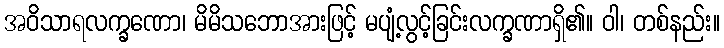
အဝိသာရလက္ခဏော၊ မိမိသဘောအားဖြင့် မပျံ့လွင့်ခြင်းလက္ခဏာရှိ၏။ ဝါ၊ တစ်နည်း။